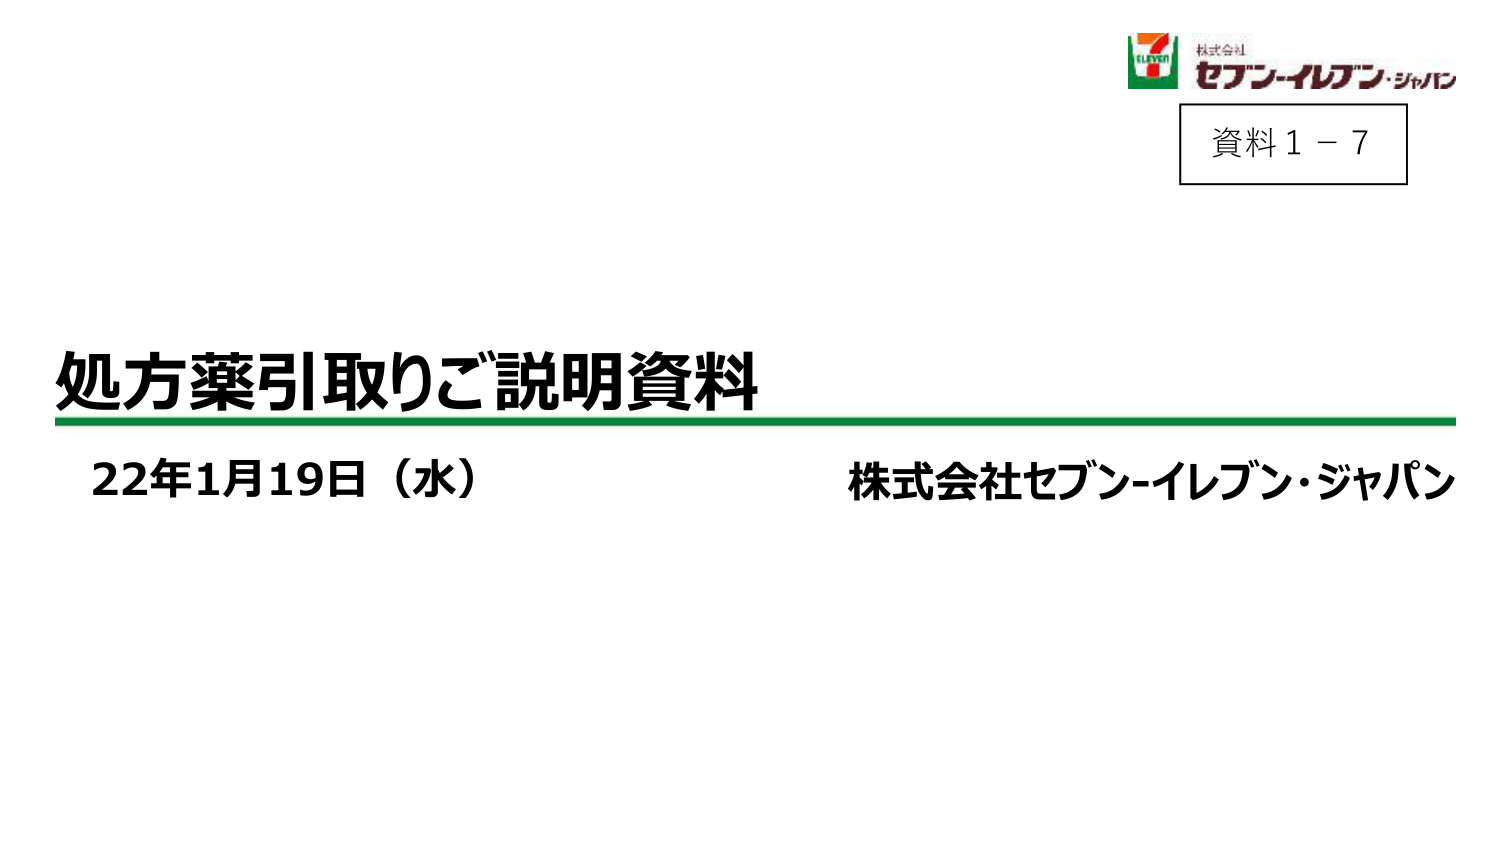
株式会社
セブン-イレブン・ジャパン
資料1－7
処方薬引取りご説明資料
22年1月19日（水） 株式会社セブン-イレブン・ジャパン